Annual statistical returns and brief notes on vaccination in Bengal - 1909-1929
Year: 1909
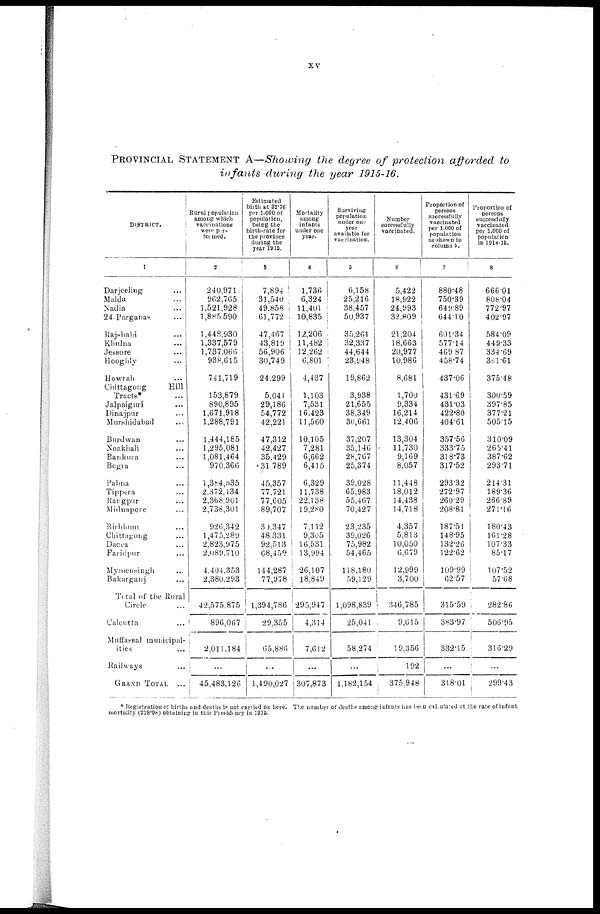
xv
PROVINCIAL STATEMENT A—Showing the degree of protection afforded to
infants during the year 1915-16.
DISTRICT.
1
Darjeeling ...
Malda ...
Nadia ...
24-Parganas ...
Rajshahi ...
Khulna...
Jessore ...
Hooghly ...
Howrah ...
Chittagong
Hill
Tracts* ...
Jalpaiguri ...
Dinajpur ...
Murshidabad
...
Burdwan ...
Noakhali ...
Bankura ...
Begra ...
Pabna ...
Tippera ...
Rangpur ...
Midnapore ...
Birbhum ...
Chittagong ...
Dacca ...
Faridpur ...
Mymensingh ...
Bakarganj ...
Total of the Rural
Circle ...
Calcutta ...
Muffassal municipal-
ities ...
Railways ...
GRAND TOTAL
...
Rural population
among which
vaccinations
were per-
formed.
2
240,971
962,765
1,521,928
1,885,590
1,448,930
1,337,579
1,737,066
938,615
741,719
153,879
890,895
1,671,918
1,288,791
1,444,185
1,295,081
1,081,464
970,.366
1,384,535
2,372,434
2,368,901
2,738,301
926,342
1,475,289
2,823,975
2,089,710
4,404,353
2,380,293
42,575,875
896,067
2,011,184
...
45,483,126
Estimated
birth at 32.76
per 1,000 of
population,
being the
birth-rate for
the province
during the
year 1915.
3
7,894
31,540
49,858
61,772
47,167
43,819
56,906
30,749
24,299
5,041
29,186
54,772
42,221
47,312
42,427
35,429
31,789
45,357
77,721
77,605
89,707
30,347
48,331
92,513
68,459
144,287
77,978
1,394,786
29,355
65,880
...
1,490,027
Mortality
among
infants
under one
year.
4
1,736
6,324
11,401
10,835
12,206
11,482
12,262
6,801
4,437
1,103
7,531
16,423
11,560
10,105
7,281
6,662
6,415
6,329
11,738
22,138
19,280
7,112
9,305
10,531
13,994
26,107
18,849
295,947
4,314
7,612
...
307,873
Surviving
population
under one-
year
available for
vaccination.
5
6,158
25,216
38,457
50,937
35,261
32,337
44,644
23,948
19,862
3,938
21,655
38,349
30,661
37,207
35,146
28,767
25,374
39,028
65,983
55,467
70,427
23,235
39,026
75,982
54,465
118,180
59,129
1,098,839
25,041
58,274
...
1,182,154
Number
successfully
vaccinated.
6
5,422
18,922
24,993
32,809
21,204
18,663
20,977
10,986
8,681
1,700
9,334
16,214
12,406
13,304
11,730
9,169
8,057
11,448
18,012
14,438
14,718
4,357
5,813
10,050
6,079
12,999
3,700
346,785
9,015
19,356
192
375,948
Proportion of
persons
successfully
vaccinated
per 1,000 of
population
as shown in
column 5.
7
880.48
750.39
649.89
644.10
601.34
577.14
469.87
458.74
437.06
431.69
431.03
422.80
404.61
357.56
333.75
318.73
317.52
293.32
272.97
260.29
208.81
187.51
148.95
132.26
122.62
109.99
62.57
315.59
383.97
332.15
...
318.01
Proportion of
persons
successfully
vaccinated
per 1,000 of
population
in 1914-16.
8
666.01
808.04
772.97
402.97
584.09
449.33
334 .69
361.6l
375.48
300.59
397.85
377.21
505.15
310.09
265.41
387.62
293.71
214.31
189.36
266.89
271.16
180.43
161.28
107.33
85.17
107.52
57.08
282.80
506.95
316.29
...
299.43
* Registration of births and deaths is not carried on here. The number of deaths among infants has been calculated at the rate of infant
mortality (218.98) obtaining in this Presidency in 1915.